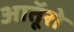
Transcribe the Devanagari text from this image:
आतूॅरो